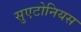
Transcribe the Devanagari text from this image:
सुएटोनियस